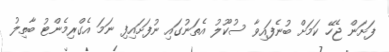
ފަށަން ޖެހޭ ކަމަށް ބުނެފައިވާ ސުކޫލު އެތަނުގައި ނުފަށައިފި ނަމަ އެގްރިމެންޓު ބާތިލު